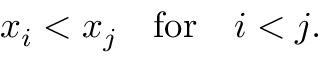
\begin{array} { r } { x _ { i } < x _ { j } \quad \mathrm { f o r } \quad i < j . } \end{array}